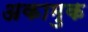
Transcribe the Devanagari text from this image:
अकामुक